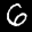
Label: 6